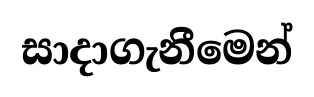
සාදාගැනීමෙන්